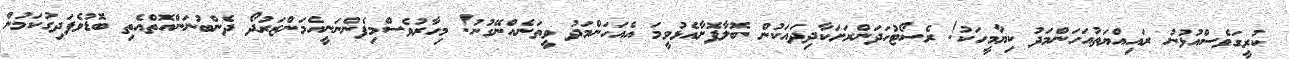
ކުރީގަވެސްއުޅުނު ރައިއްޔަތުއަހަންމަދު ކިޔާމީހަކު! ރެސޯޓުހަދަންރަށަކާދިދައަކުން ބޮލާފޮށާއެޅުވީމަ އެއަހަންމަދު ވީތަނެއްނޭގުނު! މިހާރުވެސްމިފެންނަނީއެމަންޒަރުދޯ ދެންބުނަންއޮތްއެތި ބޮޑުވެފަދިގުކަމުން